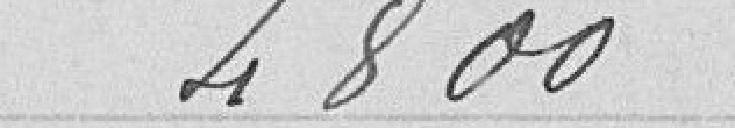
4800